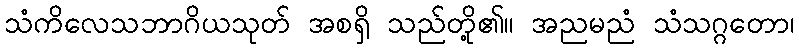
သံကိလေသဘာဂိယသုတ် အစရှိ သည်တို့၏။ အညမညံ သံသဂ္ဂတော၊